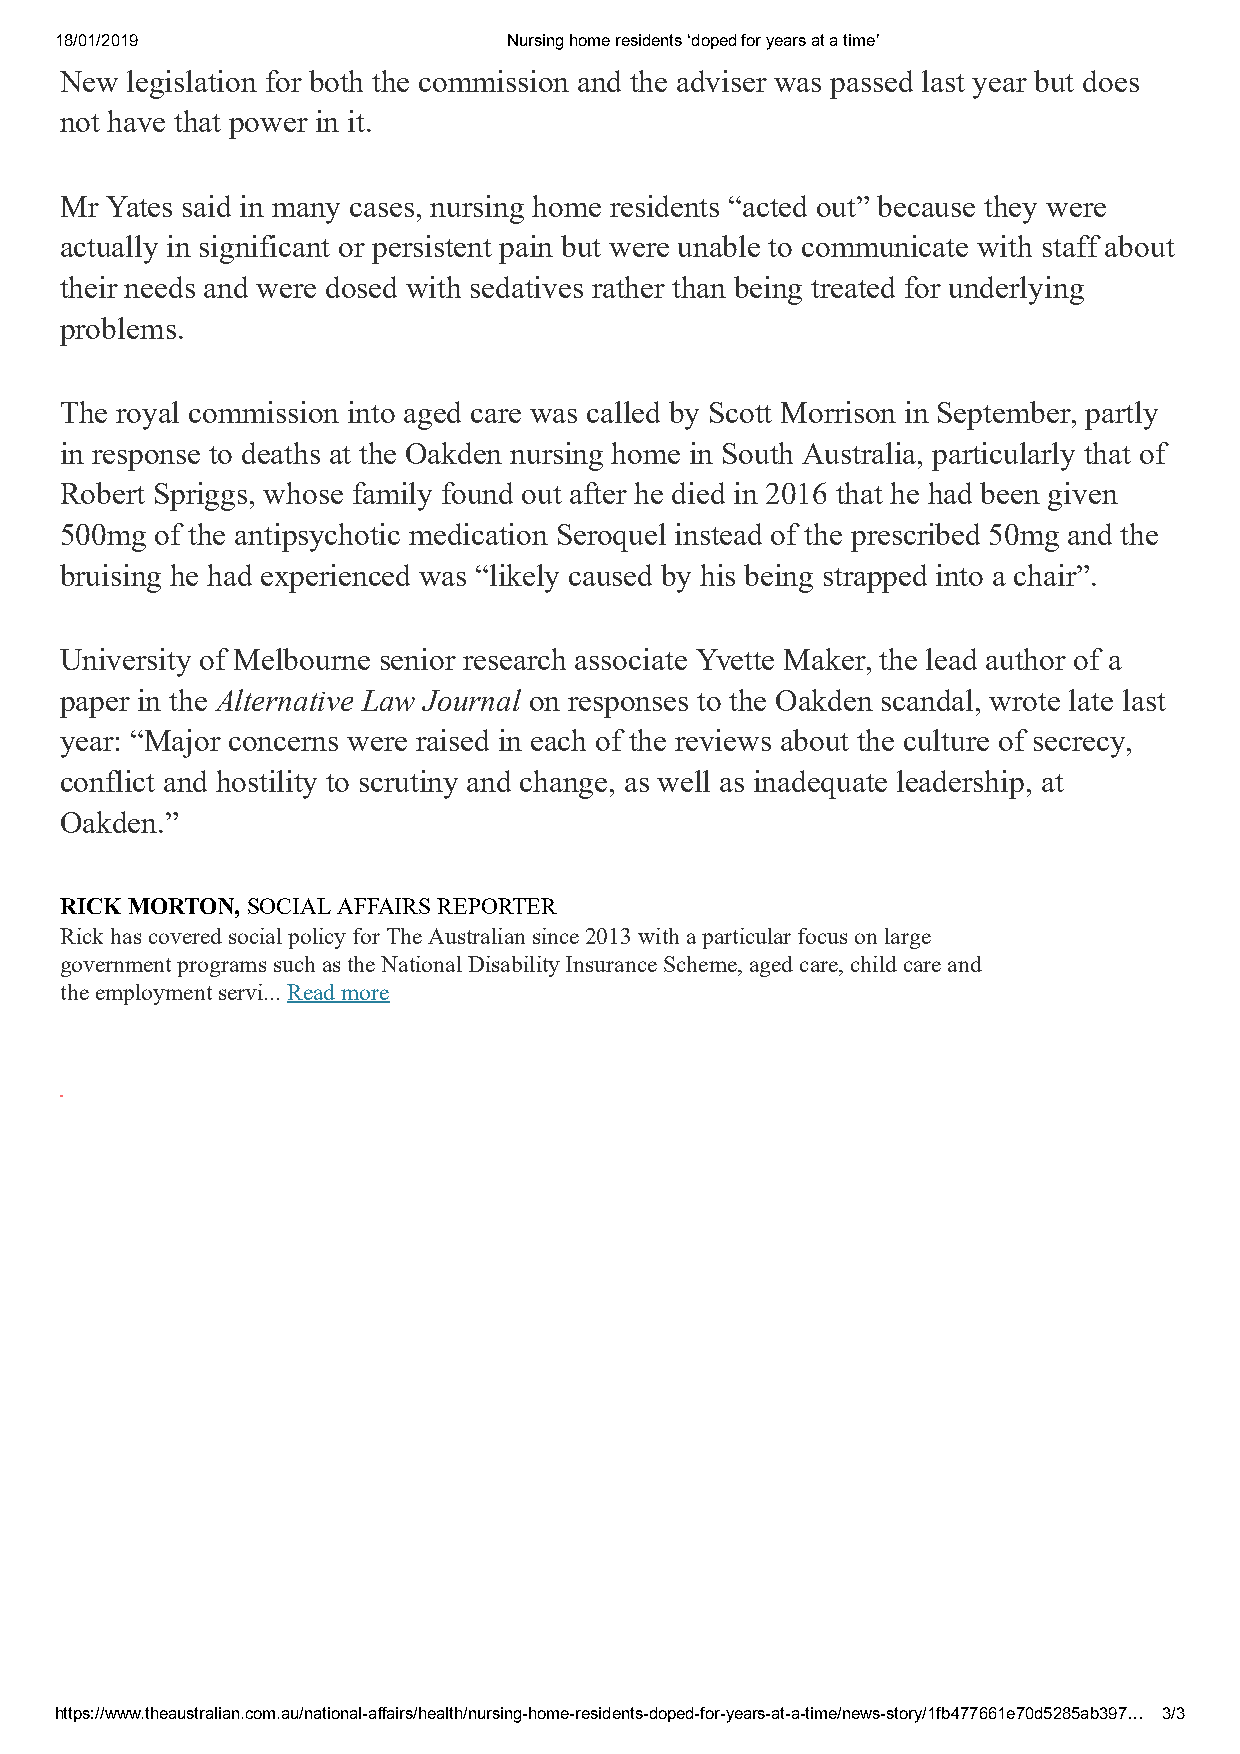
18/01/2019                    Nursing home residents ‘doped for years at a time’
 New legislation for both the commission and the adviser was passed last year but does
 not have that power in it.
 Mr Yates said in many cases, nursing home residents “acted out” because they were
 actually in significant or persistent pain but were unable to communicate with staff about
 their needs and were dosed with sedatives rather than being treated for underlying
 problems.
 The royal commission into aged care was called by Scott Morrison in September, partly
 in response to deaths at the Oakden nursing home in South Australia, particularly that of
 Robert Spriggs, whose family found out after he died in 2016 that he had been given
 500mg of the antip sychotic medication Seroquel instead of the prescribed 50mg and the
 bruising he had experienced was “likely caused by his being strapped into a chair”.
 University of Melbourne senior research associate Yvette Maker, the lead author of a
 paper in the Alternative Law Journal on responses to the Oakden scandal, wrote late last
 year: “Major concerns were raised in each of the reviews about the culture of secrecy,
 conflict and hostility to scrutiny and change, as well as inadequate leadership, at
 Oakden.”
 RICK MORTON, SOCIAL AFFAIRS REPORTER
 Rick has covered social policy for The Australian since 2013 with a particular focus on large
 government programs such as the National Disability Insurance Scheme, aged care, child care and
 the employment servi... Read more
 https://www.theaustralian.com.au/national-affairs/health/nursing-home-residents-doped-for-years-at-a-time/news-story/1fb477661e70d5285ab397… 3/3